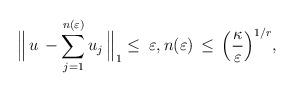
LaTeX: \begin{align*} \Big\|\,u\,-\sum_{j=1}^{n(\varepsilon)}u_j\,\Big\|_1\leq\; \varepsilon,n(\varepsilon)\,\leq\,\Big(\frac{\kappa}{\varepsilon}\Big)^{1/r},\end{align*}